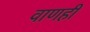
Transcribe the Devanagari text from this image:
वाणही